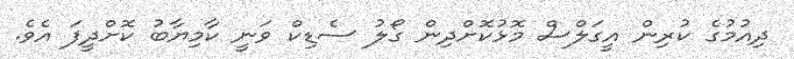
ދިއުމުގެ ކުރިން އީގަލްސް މޮޅުކޮށްދިން ގޯލު ސެޑިކް ވަނީ ކާމިޔާބު ކޮށްދީފަ އެވެ.